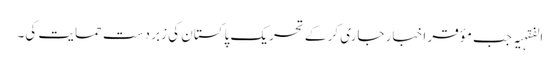
الفقہیہ جب مؤقر اخبار جاری کر کے تحریک پاکستان کی زبر دست حمایت کی۔